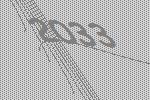
2033